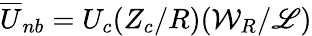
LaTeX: \overline{{U}}_{nb}=U_{c}(Z_{c}/R)({\mathcal{W}_{R}}/{\mathscr{L}})